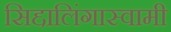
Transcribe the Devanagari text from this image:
सिद्दालिंगास्वामी